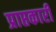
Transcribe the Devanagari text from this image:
प्राप्तकारी